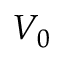
V _ { 0 }